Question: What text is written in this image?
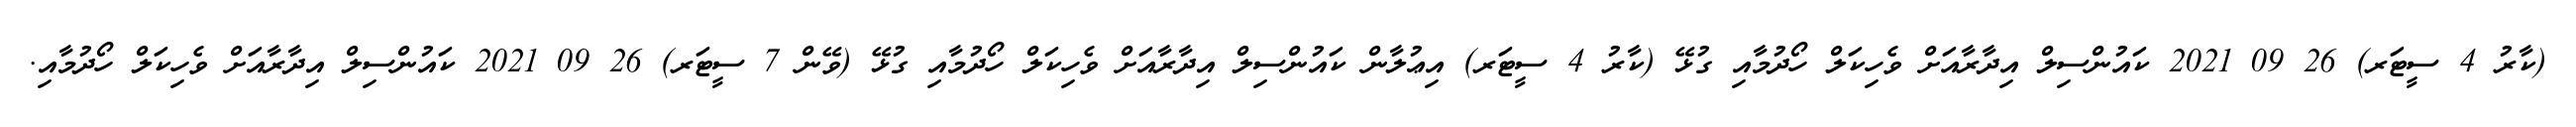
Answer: (ކާރު 4 ސީޓަރ) 26 09 2021 ކައުންސިލް އިދާރާއަށް ވެހިކަލް ހޯދުމާއި ގުޅޭ (ކާރު 4 ސީޓަރ) އިޢުލާން ކައުންސިލް އިދާރާއަށް ވެހިކަލް ހޯދުމާއި ގުޅޭ (ވޭން 7 ސީޓަރ) 26 09 2021 ކައުންސިލް އިދާރާއަށް ވެހިކަލް ހޯދުމާއި.